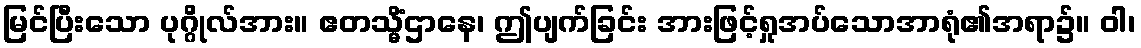
မြင်ပြီးသော ပုဂ္ဂိုလ်အား။ ဧတသ္မိံဌာနေ၊ ဤပျက်ခြင်း အားဖြင့်ရှုအပ်သောအာရုံ၏အရာ၌။ ဝါ၊